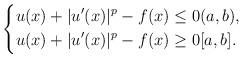
LaTeX: \begin{align*}\left\{\begin{aligned} u(x)+|u'(x)|^p -f(x) \leq 0 & (a,b), \\ u(x)+|u'(x)|^p- f(x) \geq 0& [a, b]. \end{aligned} \right.\end{align*}